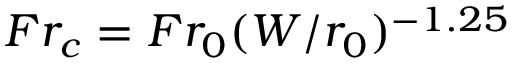
F r _ { c } = F r _ { 0 } ( W / r _ { 0 } ) ^ { - 1 . 2 5 }